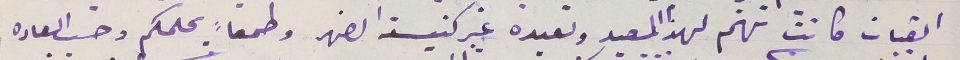
القبيات كانت تهتم لهذا العيد وتعيده غير كنيسة الضهر وطمعاً بحلمكم وحسب العاده